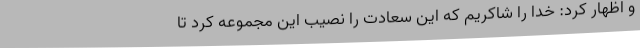
و اظهار کرد: خدا را شاکریم که این سعادت را نصیب این مجموعه کرد تا